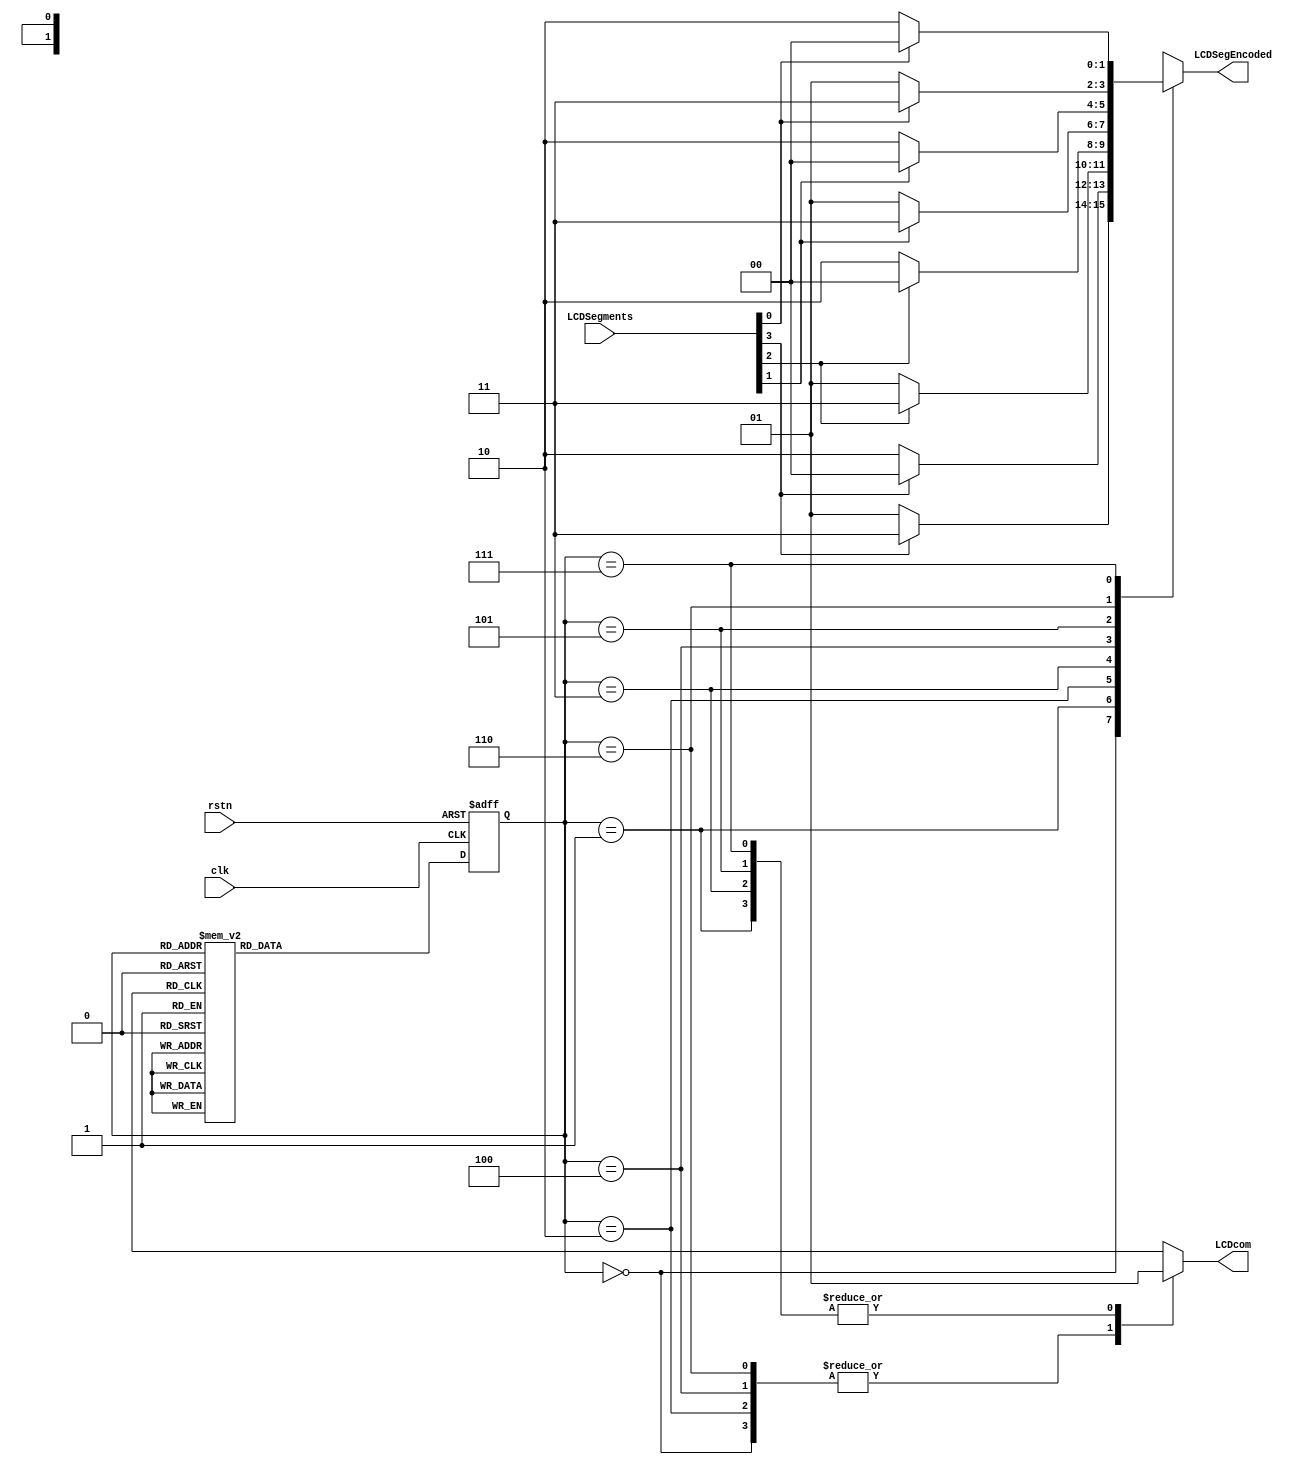
// --------------------------------------------------------------------
// >>>>>>>>>>>>>>>>>>>>>>>>> COPYRIGHT NOTICE <<<<<<<<<<<<<<<<<<<<<<<<<
// --------------------------------------------------------------------
// Copyright (c) 2001 - 2008 by Lattice Semiconductor Corporation  
// --------------------------------------------------------------------  
//  
// Permission:                    
//
// Lattice Semiconductor grants permission to use this code for use
// in synthesis for any Lattice programmable logic product. Other
// use of this code, including the selling or duplication of any
// portion is strictly prohibited.
//
// Disclaimer:
//
// This VHDL or Verilog source code is intended as a design reference
// which illustrates how these types of functions can be implemented.
// It is the user's responsibility to verify their design for
// consistency and functionality through the use of formal
// verification methods. Lattice Semiconductor provides no warranty
// regarding the use or functionality of this code.
//
// --------------------------------------------------------------------
//
// Lattice Semiconductor Corporation
// 5555 NE Moore Court
// Hillsboro, OR 97214
// U.S.A
//
// TEL: 1-800-Lattice (USA and Canada)
// 503-268-8001 (other locations)
//
// web: http://www.latticesemi.com/
//  
// --------------------------------------------------------------------
// Code Revision History :
// --------------------------------------------------------------------
// Ver: | Author |Mod. Date |Changes Made:
// V1.0 | C.W.   |3/31/11    |Initial ver
//  
// --------------------------------------------------------------------

// Uses Machester Encoding to encode the LCD data, 4 segments in a frame
module LCDEncoding4to1(clk, rstn, LCDSegments, LCDcom, LCDSegEncoded);

	input clk, rstn;
	input [3:0] LCDSegments;

	output LCDcom; // Just used for simulation
	output [1:0] LCDSegEncoded;

	reg LCDcom;
	reg [1:0] LCDSegEncoded;
	reg [2:0] state;

	parameter seg1a=0, seg1b=1, seg2a=2, seg2b=3, seg3a=4, seg3b=5, seg4a=6, seg4b=7 ;

	always @(state) 
	begin
		case (state)
			seg1a:
			begin
				LCDcom = 1'b0;
				LCDSegEncoded = LCDSegments[3] ? 2'b11 : 2'b01; // (3V or 1V)
			end
			seg1b:
			begin
				LCDcom = 1'b1;
				LCDSegEncoded = LCDSegments[3] ? 2'b00 : 2'b10; // (0V or 2V)
			end
			seg2a:
			begin
				LCDcom = 1'b0;
				LCDSegEncoded = LCDSegments[2] ? 2'b11 : 2'b01; // (3V or 1V)
			end
			seg2b:
			begin
				LCDcom = 1'b1;
				LCDSegEncoded = LCDSegments[2] ? 2'b00 : 2'b10; // (0V or 2V)
			end
			seg3a:
			begin
				LCDcom = 1'b0;
				LCDSegEncoded = LCDSegments[1] ? 2'b11 : 2'b01; // (3V or 1V)
			end
			seg3b:
			begin
				LCDcom = 1'b1;
				LCDSegEncoded = LCDSegments[1] ? 2'b00 : 2'b10; // (0V or 2V)
			end
			seg4a:
			begin
				LCDcom = 1'b0;
				LCDSegEncoded = LCDSegments[0] ? 2'b11 : 2'b01; // (3V or 1V)
			end
			seg4b:
			begin
				LCDcom = 1'b1;
				LCDSegEncoded = LCDSegments[0] ? 2'b00 : 2'b10; // (0V or 2V)
			end

			default:
			begin
				LCDSegEncoded = 2'b00;
			end
		endcase
	end

	always @(posedge clk or negedge rstn)
	begin
		if (rstn == 0)
			begin
			state = seg1a;
			end
		else
			begin

			case (state)
				seg1a:
					state = seg1b;
				seg1b:
					state = seg2a;
				seg2a:
					state = seg2b;
				seg2b:
					state = seg3a;
				seg3a:
					state = seg3b;
				seg3b:
					state = seg4a;
				seg4a:
					state = seg4b;
				seg4b:
					state = seg1a;

			endcase
			end
	end

endmodule